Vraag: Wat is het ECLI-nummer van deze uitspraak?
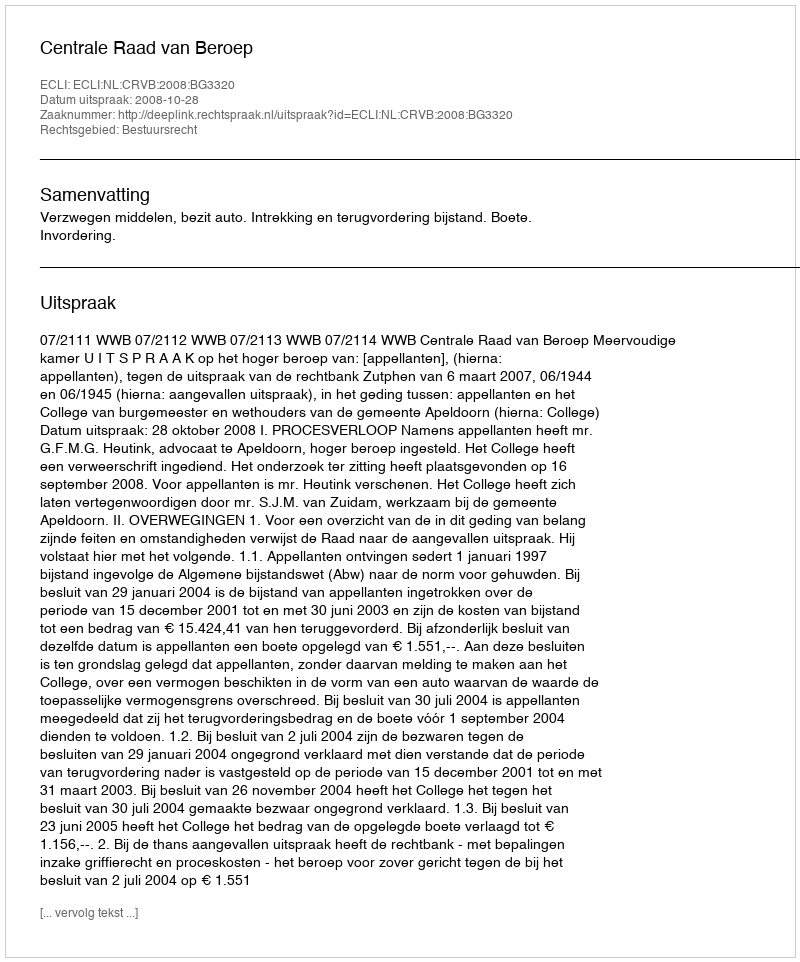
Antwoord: ECLI:NL:CRVB:2008:BG3320